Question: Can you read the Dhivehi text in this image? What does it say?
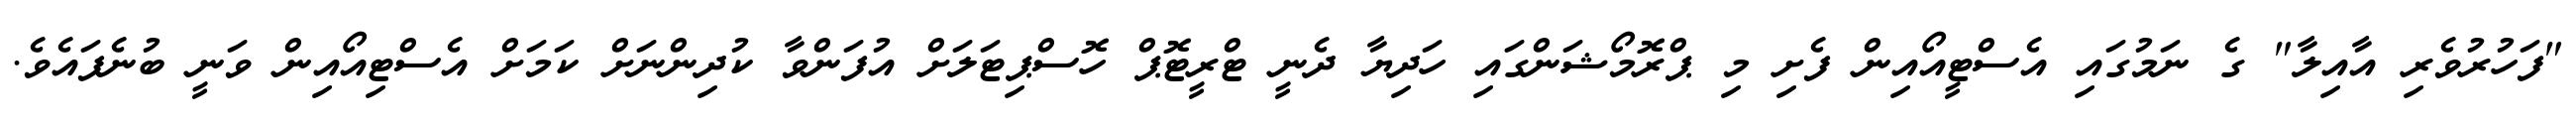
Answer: "ފަހުރުވެރި އާއިލާ" ގެ ނަމުގައި އެސްޓީއޯއިން ފެށި މި ޕްރޮމޯޝަންގައި ހަދިޔާ ދެނީ ޓްރީޓޮޕް ހޮސްޕިޓަލަށް އުފަންވާ ކުދިންނަށް ކަމަށް އެސްޓިއޯއިން ވަނީ ބުނެފައެވެ.